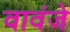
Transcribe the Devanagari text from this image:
वावंजे